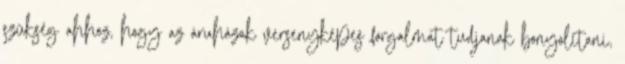
szükség ahhoz, hogy az áruházak versenyképes forgalmat tudjanak bonyolítani,